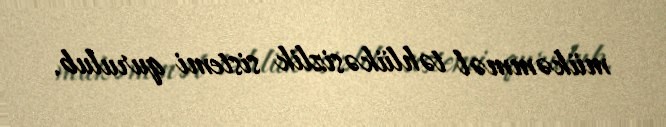
mükəmməl təhlükəsizlik sistemi qurulub.